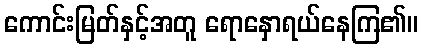
ကောင်းမြတ်နှင့်အတူ ရောနှောရယ်နေကြ၏။